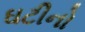
ઘટીનો